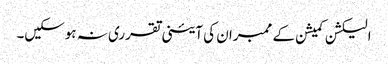
الیکشن کمیشن کے ممبران کی آئینی تقرری نہ ہوسکیں۔